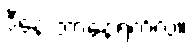
ဒီနေ့ ဘာနေ့ရက်လဲ။